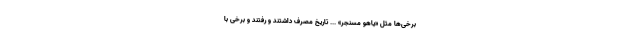
برخی‌ها مثل «یاهو مسنجر» ... تاریخ مصرف داشتند و رفتند و برخی با